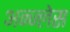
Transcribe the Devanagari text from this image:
अन्ज्लेस